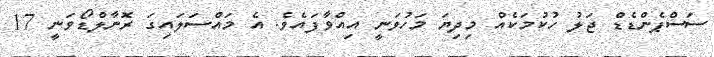
ސަސްޕެންޑެޑް ޖަލު ހުކުމަކެއް މިދިޔަ މަހުވަނީ އިއްވާފައެވެ. އެ މައްސަލައިގަ ރޮނާލްޑޯވަނީ 17